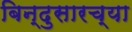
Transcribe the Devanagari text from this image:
बिन्दुसारच्या